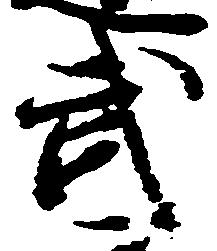
武